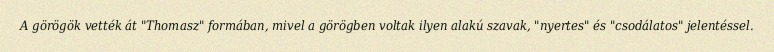
A görögök vették át "Thomasz" formában, mivel a görögben voltak ilyen alakú szavak, "nyertes" és "csodálatos" jelentéssel.